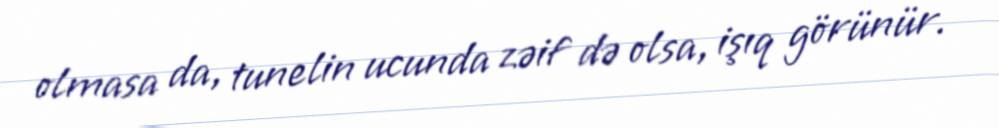
olmasa da, tunelin ucunda zəif də olsa, işıq görünür.